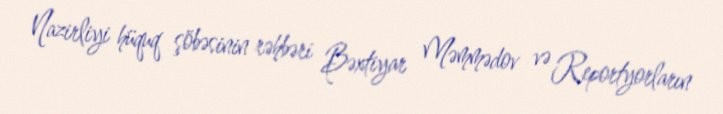
Nazirliyi hüquq şöbəsinin rəhbəri Bəxtiyar Məmmədov və Reportyorların